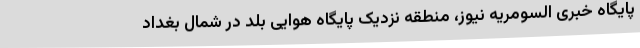
پایگاه خبری السومریه نیوز، منطقه نزدیک پایگاه هوایی بلد در شمال بغداد